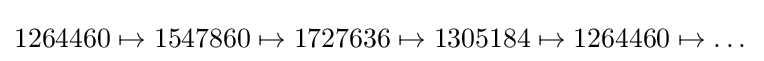
1264460\mapsto 1547860\mapsto 1727636\mapsto 1305184\mapsto 1264460\mapsto \dots